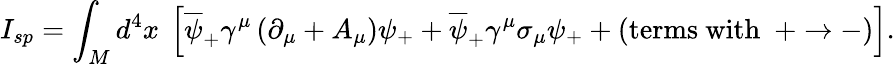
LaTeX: I_{sp}=\int_{M}d^{4}x\ \left[\overline{{{\psi}}}_{+}\gamma^{\mu}\left(\partial_{\mu}+A_{\mu}\right)\psi_{+}+\overline{{{\psi}}}_{+}\gamma^{\mu}\sigma_{\mu}\psi_{+}+\left(\mathrm{terms~with~~}+\rightarrow-\right)\right].